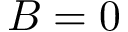
B = 0